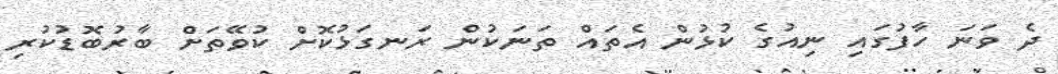
ދެ ވަނަ ހާފުގައި ނިއުގެ ކުޅުން އެތައް ތަނަކުން ރަނގަޅުކޮށް ކުވޭތަށް ބާރުބޮޑުކުރި